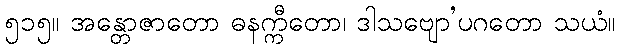
၅၁၅။ အန္တောဇာတော ဓနက္ကီတော၊ ဒါသဗျော’ပဂတော သယံ။